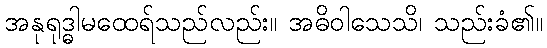
အနုရုဒ္ဓါမထေရ်သည်လည်း။ အဓိဝါသေသိ၊ သည်းခံ၏။